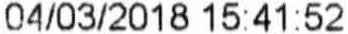
04/03/2018 15:41:52